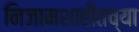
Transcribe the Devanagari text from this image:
निजामशाहीतच्या